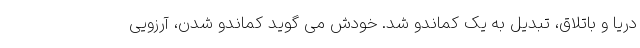
دریا و باتلاق، تبدیل به یک کماندو شد. خودش می گوید کماندو شدن، آرزویی